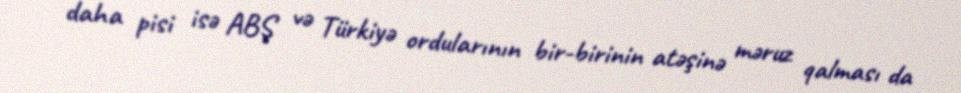
daha pisi isə ABŞ və Türkiyə ordularının bir-birinin atəşinə məruz qalması da